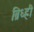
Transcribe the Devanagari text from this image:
ब्रिध्ही